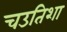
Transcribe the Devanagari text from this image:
चउतिशा